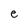
Character: e